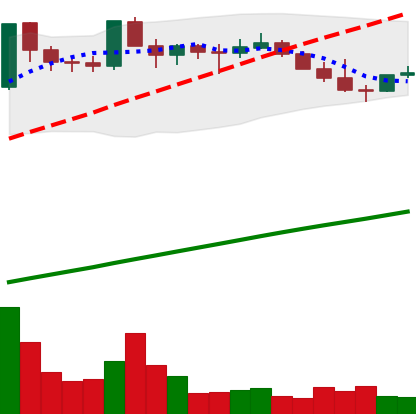
Ticker: DOGE-USD
Chart end date: 2021-03-27
Forward return: 13.993%
Label: up_7plus